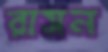
রাসন